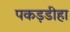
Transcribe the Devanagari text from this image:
पकड़डीहा